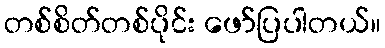
တစ်စိတ်တစ်ပိုင်း ဖော်ပြပါတယ်။